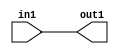
`timescale 1ps / 1ps

// Generated by Cadence Genus(TM) Synthesis Solution 17.11-s014_1
// Generated on: May  4 2021 17:09:56 CST (May  4 2021 09:09:56 UTC)

module DC_Filter_Add_5U_59_4(in1, out1);
  input [4:0] in1;
  output [4:0] out1;
  wire [4:0] in1;
  wire [4:0] out1;
  assign out1[0] = in1[0];
  assign out1[1] = in1[1];
  assign out1[2] = in1[2];
  assign out1[3] = in1[3];
  assign out1[4] = in1[4];
endmodule